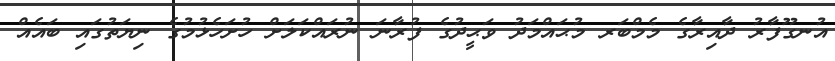
އުނގޫފާރު ދާއިރާގެ މެމްބަރ މުޙައްމަދު ވަޙީދުގެ ފުރާނަ ނުރައްކަލަށް ހުށަހެޅުމުގެ ނިޔަތުގައި ބައެއް